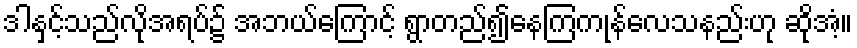
ဒါနှင့်သည်လိုအရပ်၌ အဘယ်ကြောင့် ရွာတည်၍နေကြကုန်လေသနည်းဟု ဆိုအံ့။